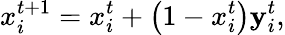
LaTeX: x_{i}^{t+1}=x_{i}^{t}+\left(1-x_{i}^{t}\right)\mathbf{y}_{i}^{t},